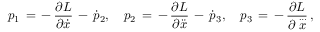
p _ { 1 } \, = \, - \, \frac { \partial L } { \partial \dot { x } } \, - \, \dot { p } _ { 2 } , \quad p _ { 2 } \, = \, - \, \frac { \partial L } { \partial \ddot { x } } \, - \, \dot { p } _ { 3 } , \quad p _ { 3 } \, = \, - \, \frac { \partial L } { \partial \stackrel { \ldots } { x } } \, { , }